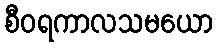
စီဝရကာလသမယော